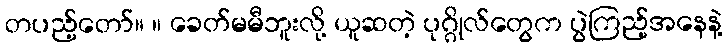
တပည့်တော်။ ။ ခေတ်မမီဘူးလို့ ယူဆတဲ့ ပုဂ္ဂိုလ်တွေက ပွဲကြည့်အနေနဲ့